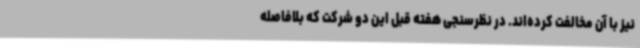
نیز با آن مخالفت کرده‌اند. در نظرسنجی هفته قبل این دو شرکت که بلافاصله